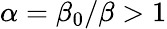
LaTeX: \alpha=\beta_{0}/\beta>1